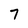
Character: 7